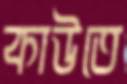
কাউতে